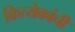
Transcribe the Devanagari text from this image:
कित्येकांची